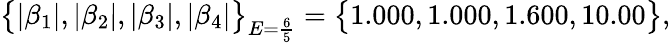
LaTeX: \big\{ |\beta_{1}|,|\beta_{2}|,|\beta_{3}|,|\beta_{4}|\big\} _{E=\frac{6}{5}}=\big\{ 1.000,1.000,1.600,10.00\big\} ,